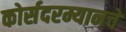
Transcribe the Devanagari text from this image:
कोर्सदरम्यानचे